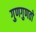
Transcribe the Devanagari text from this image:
गुणगुणतो